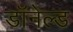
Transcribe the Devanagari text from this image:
डॉनेल्ड